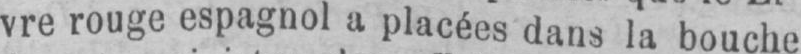
vre rouge espagnol a placées dans la bouche